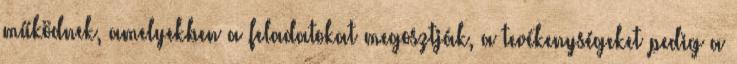
működnek, amelyekben a feladatokat megosztják, a tevékenységeket pedig a